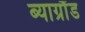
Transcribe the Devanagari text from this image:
ब्याग्रौंड